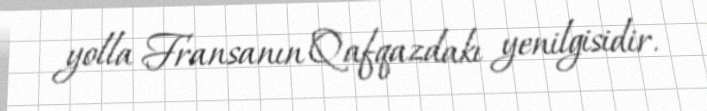
yolla Fransanın Qafqazdakı yenilgisidir.